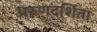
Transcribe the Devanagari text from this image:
अरुणदर्शिता